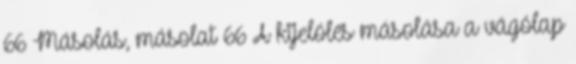
66 Másolás, másolat 66 A kijelölés másolása a vágólap